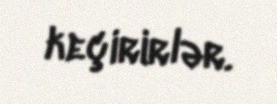
keçirirlər.